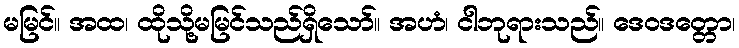
မမြင်။ အထ၊ ထိုသို့မမြင်သည်ရှိသော်။ အဟံ၊ ငါဘုရားသည်။ ဒေဝဒတ္တော၊